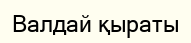
Валдай қыраты